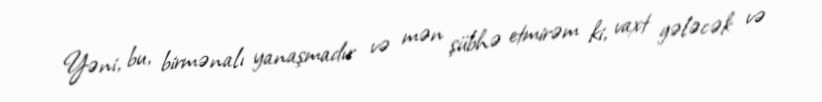
Yəni, bu, birmənalı yanaşmadır və mən şübhə etmirəm ki, vaxt gələcək və